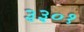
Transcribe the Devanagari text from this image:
३३०१